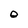
Character: O